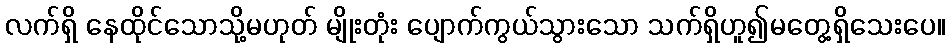
လက်ရှိ နေထိုင်သောသို့မဟုတ် မျိုးတုံး ပျောက်ကွယ်သွားသော သက်ရှိဟူ၍မတွေ့ရှိသေးပေ။